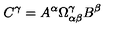
C ^ { \gamma } = A ^ { \alpha } \Omega _ { \alpha \beta } ^ { \gamma } B ^ { \beta }